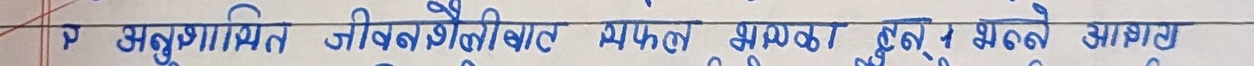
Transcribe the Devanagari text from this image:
P अनुशासित जीवनशैलीबाट सफल भएर ढुक्क भएर खाने आशाले